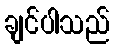
ချင်ပါသည်